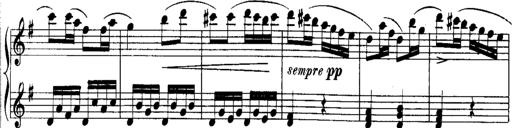
Title: Rondos and Sonatinas for Pianoforte
Composer: Daniel Steibelt